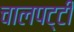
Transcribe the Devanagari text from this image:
चालपट्टी